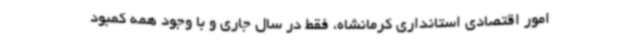
امور اقتصادی استانداری کرمانشاه، فقط در سال جاری و با وجود همه کمبود